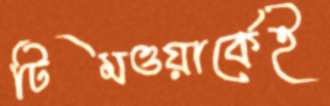
টিমওয়ার্কেই